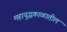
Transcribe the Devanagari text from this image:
महायुद्धकाळातील